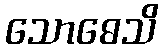
သောဓေသိ